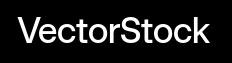
VectorStock